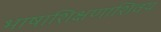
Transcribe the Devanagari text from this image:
भाषाशिक्षणाशिवय